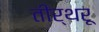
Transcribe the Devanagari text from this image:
तीर्थरू